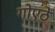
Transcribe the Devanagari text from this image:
गोएठे